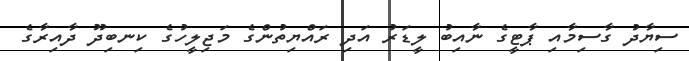
ސިޔާދު ގާސިމާއި ޕާޓީގެ ނާއިބު ލީޑަރު އަދި ރައްޔިތުންގެ މަޖިލީހުގެ ކިނބިދޫ ދާއިރާގެ